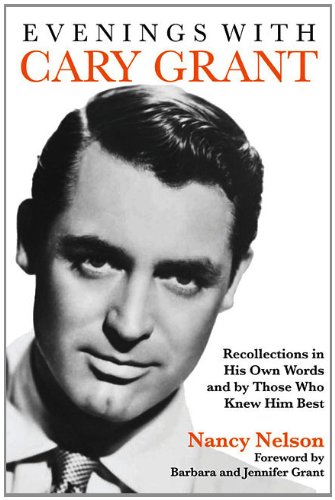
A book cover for Evenings With Cary Grant: Recollections in His Own Words and by Those Who Knew Him Best; Nancy Nelson; Biographies & Memoirs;